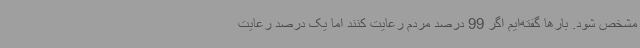
مشخص شود. بارها گفته‌ایم اگر 99 درصد مردم رعایت کنند اما یک درصد رعایت